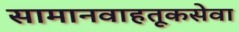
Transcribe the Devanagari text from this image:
सामानवाहतूकसेवा